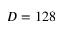
D = 1 2 8